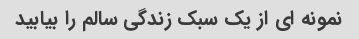
نمونه ای از یک سبک زندگی سالم را بیابید